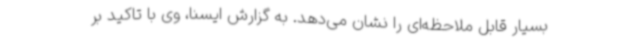
بسیار قابل ملاحظه‌ای را نشان می‌دهد. به گزارش ایسنا، وی با تاکید بر